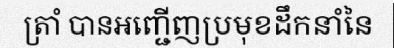
ត្រាំ បានអញ្ជើញប្រមុខដឹកនាំនៃ